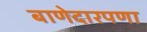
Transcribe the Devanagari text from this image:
बाणेदारपणा